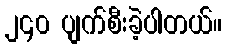
၂၄၀ ပျက်စီးခဲ့ပါတယ်။